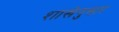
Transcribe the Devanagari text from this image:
शाखेनुसार